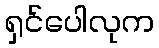
ရှင်ပေါလုက